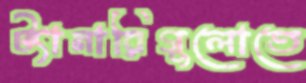
ট্যানারিগুলোতে